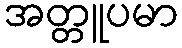
အတ္တူပမာ